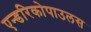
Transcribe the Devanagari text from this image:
एन्डरिकोपाउलस